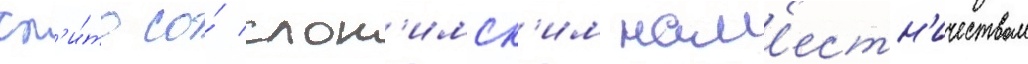
сл'и́то со́ слон'имск'им нам'естн'ичеством